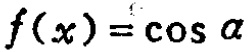
\(f(x)=\cos\alpha\)